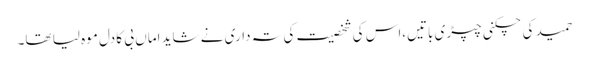
حمید کی چکنی چپڑی باتیں،اس کی شخصیت کی تہ داری نے شاید اماں بی کا دل موہ لیا تھا۔